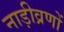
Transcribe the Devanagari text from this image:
नाड़ीव्रणों